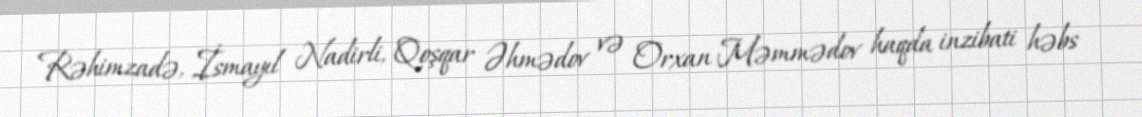
Rəhimzadə, İsmayıl Nadirli, Qoşqar Əhmədov və Orxan Məmmədov haqda inzibati həbs